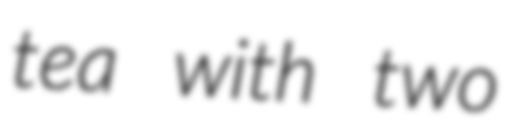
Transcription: tea with two